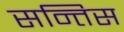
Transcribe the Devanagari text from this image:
सन्तिस